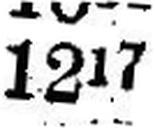
1217